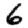
Digit: 6